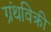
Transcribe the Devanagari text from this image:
ग्रंथविक्री